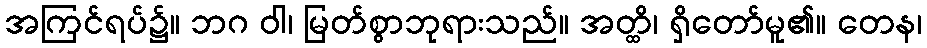
အကြင်ရပ်၌။ ဘဂ ဝါ၊ မြတ်စွာဘုရားသည်။ အတ္ထိ၊ ရှိတော်မူ၏။ တေန၊